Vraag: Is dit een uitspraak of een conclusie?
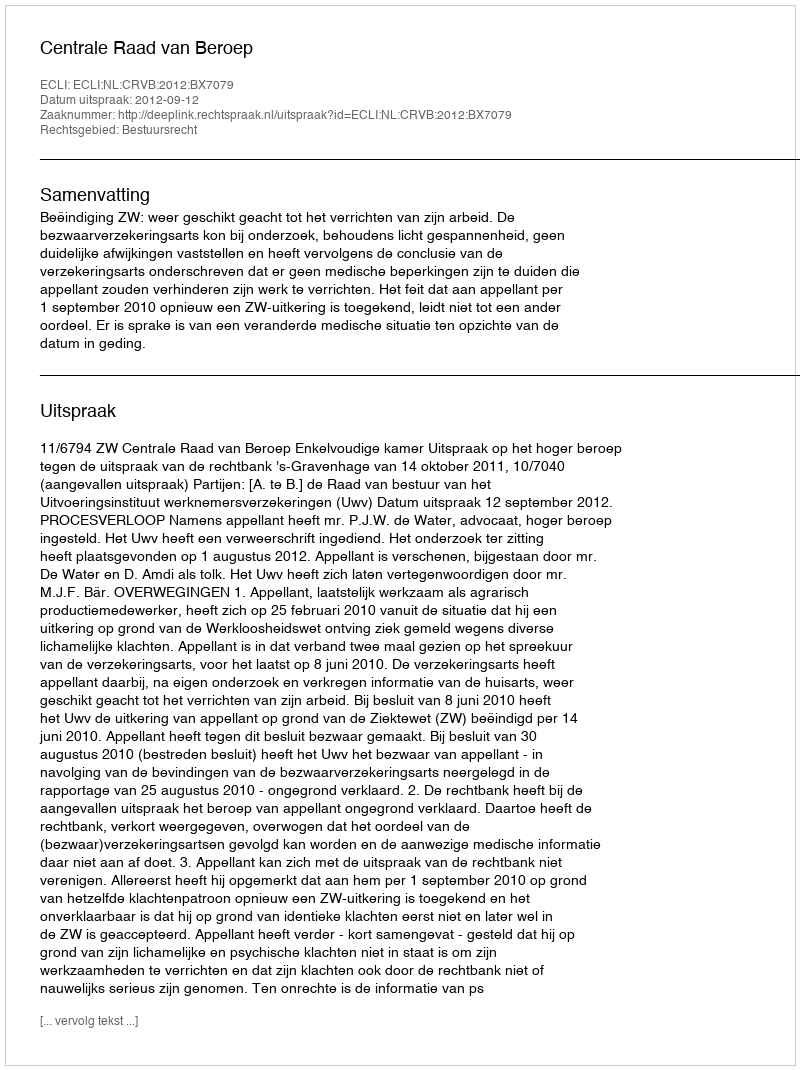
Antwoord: Uitspraak